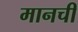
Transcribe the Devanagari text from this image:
मानची